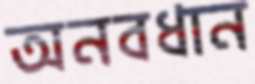
অনবধান